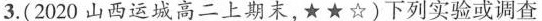
3.(2020山西运城高二上期朱，★★☆)下列实验或调查